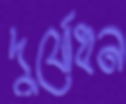
দুর্যোধন